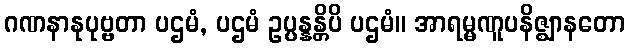
ဂဏနာနုပုဗ္ဗတာ ပဌမံ, ပဌမံ ဥပ္ပန္နန္တိပိ ပဌမံ။ အာရမ္မဏူပနိဇ္ဈာနတော